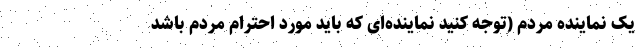
یک نماینده مردم (توجه کنید نماینده‌ای که باید مورد احترام مردم باشد